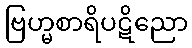
ဗြဟ္မစာရိပဋိညော